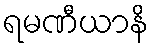
ရမဏီယာနိ